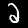
Label: 2